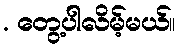
. တွေ့ပါလိမ့်မယ်။